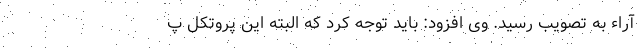
آراء به تصویب رسید. وی افزود: باید توجه کرد که البته این پروتکل پ